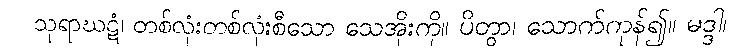
သုရာဃဋံ၊ တစ်လုံးတစ်လုံးစီသော သေအိုးကို။ ပိတွာ၊ သောက်ကုန်၍။ မဒ္ဒါ၊